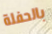
بالحفلة